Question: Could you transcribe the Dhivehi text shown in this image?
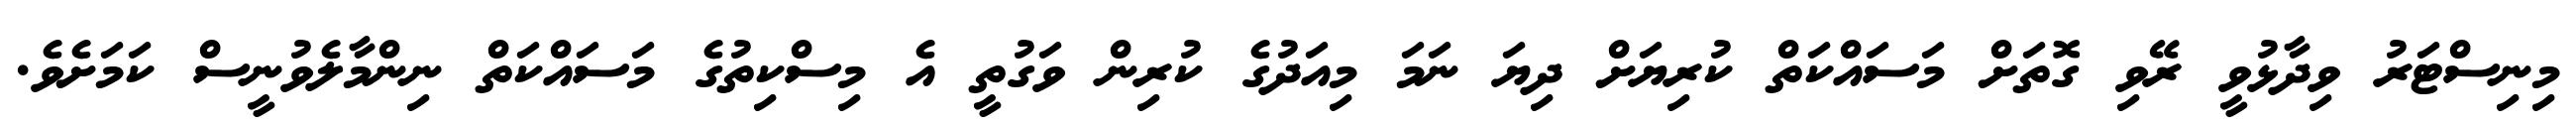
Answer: މިނިސްޓަރު ވިދާޅުވީ ރޭވި ގޮތަށް މަސައްކަތް ކުރިޔަށް ދިޔަ ނަމަ މިއަދުގެ ކުރިން ވަގުތީ އެ މިސްކިތުގެ މަސައްކަތް ނިންމާލެވުނީސް ކަމަށެވެ.